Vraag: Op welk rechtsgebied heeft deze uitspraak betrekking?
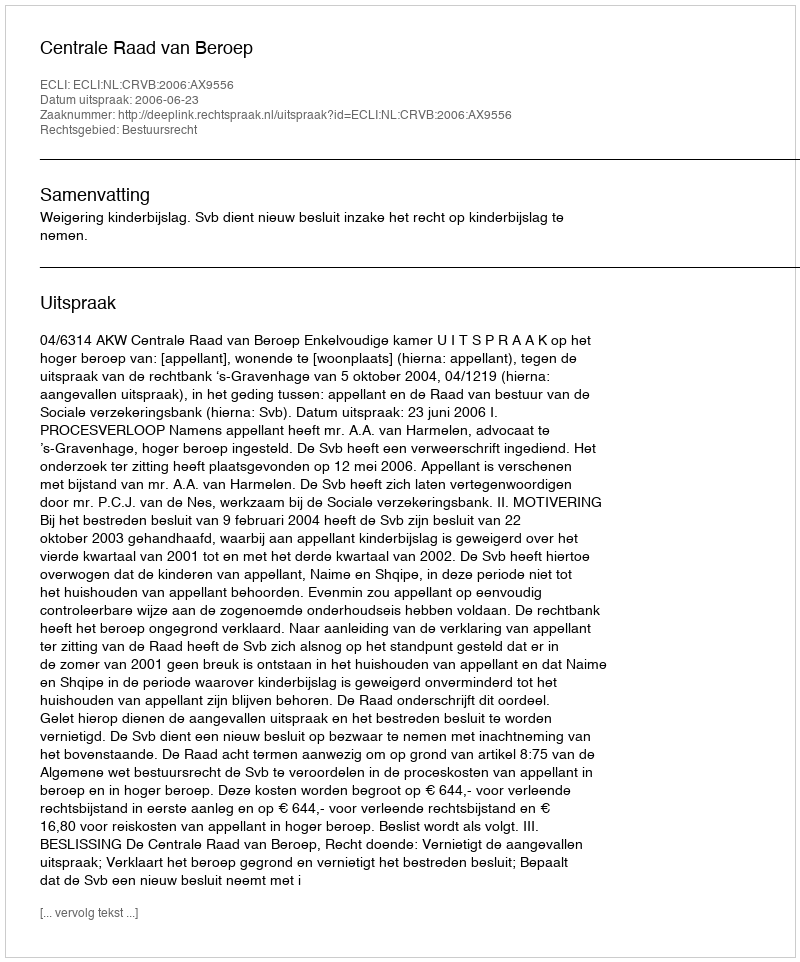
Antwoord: Bestuursrecht